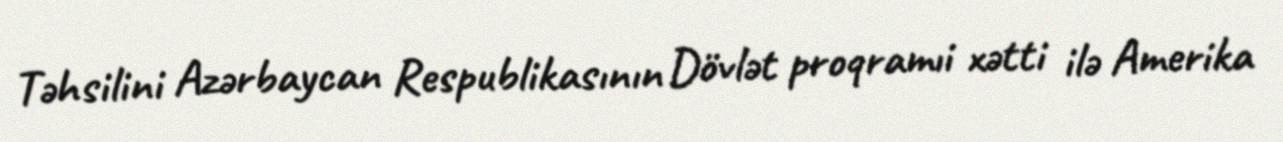
Təhsilini Azərbaycan Respublikasının Dövlət proqramıi xətti ilə Amerika